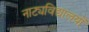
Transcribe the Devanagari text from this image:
नाट्यविद्यालयों